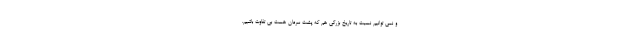
و نمی توانیم نسبت به تاریخ بزرگی هم که پشت سرمان هست بی تفاوت باشیم.